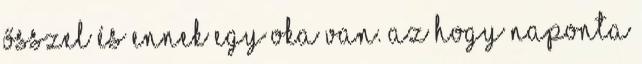
ősszel és ennek egy oka van. az hogy naponta